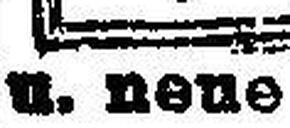
u. neue